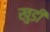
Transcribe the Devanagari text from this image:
खुडी